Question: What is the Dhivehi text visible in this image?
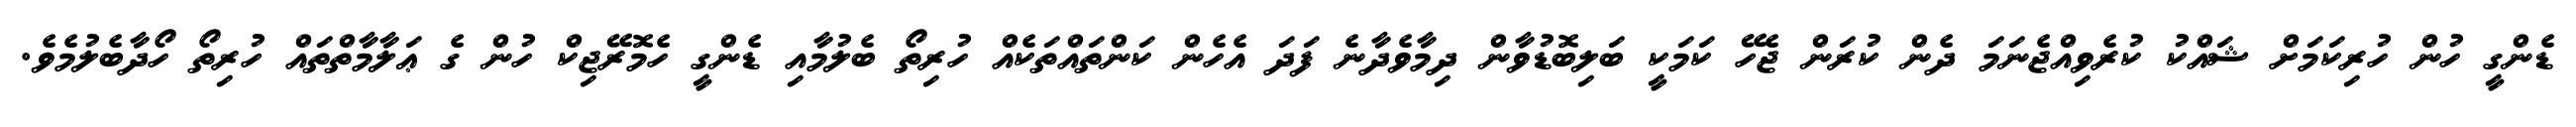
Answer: ޑެންގީ ހުން ހުރިކަމަށް ޝައްކު ކުރެވިއްޖެނަމަ ދެން ކުރަން ޖެހޭ ކަމަކީ ބަލިބޮޑުވާން ދިމާވެދާނެ ފަދަ އެހެން ކަންތައްތަކެއް ހުރިތޯ ބެލުމާއި ޑެންގީ ހެމޮރޭޖިކް ހުން ގެ ޢަލާމާތްތައް ހުރިތޯ ހޯދާބެލުމެވެ.